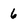
Character: 6